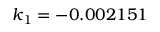
k _ { 1 } = - 0 . 0 0 2 1 5 1